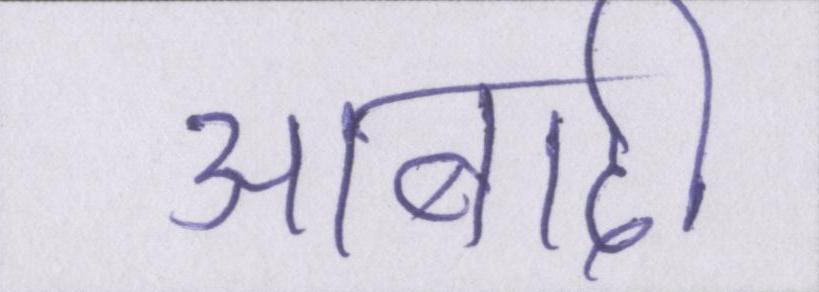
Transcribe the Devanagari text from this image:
आबादी